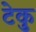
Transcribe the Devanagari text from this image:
टेकु